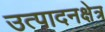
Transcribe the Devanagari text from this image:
उत्पादनक्षेत्र